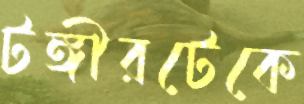
টঙ্গীরটেকে